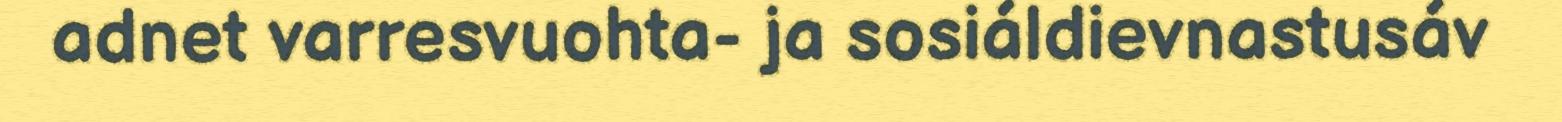
adnet varresvuohta- ja sosiáldievnastusáv